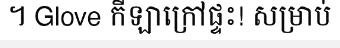
។ Glove កីឡាក្រៅផ្ទះ! សម្រាប់